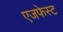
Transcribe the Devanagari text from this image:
एजफेस्ट